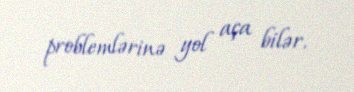
problemlərinə yol aça bilər.